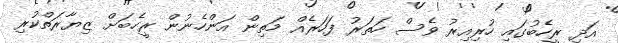
އަދި ރީހެބުގައި ހުރިއިރު ވެސް ހަތަރު ފަހަރެއް މަތިން އަންހެނުން ރީހެބަށް ޒިޔާރަތްކުރި